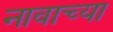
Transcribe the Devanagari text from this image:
नावाच्‍या